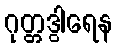
ဂုတ္တဒွါရေန